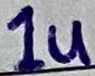
Text: 1u